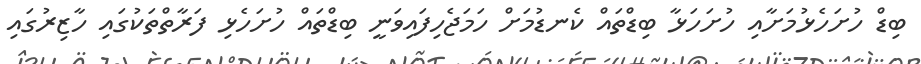
ބިޑް ހުށަހެޅުމަށާއި ހުށަހަޅާ ބިޑްތައް ކެނޑުމަށް ހަމަޖެހިފައިވަނީ ބިޑްތައް ހުށަހެޅި ފަރާތްތަކުގައި ހާޒިރުގައި